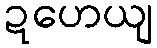
ဍဟေယျ